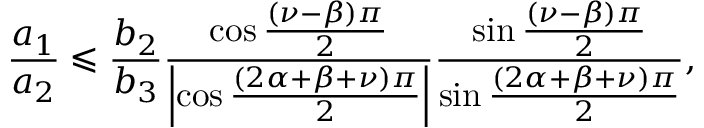
\frac { a _ { 1 } } { a _ { 2 } } \leqslant \frac { b _ { 2 } } { b _ { 3 } } \frac { \cos \frac { \left( \nu - \beta \right) \pi } { 2 } } { \left\vert \cos \frac { \left( 2 \alpha + \beta + \nu \right) \pi } { 2 } \right\vert } \frac { \sin \frac { \left( \nu - \beta \right) \pi } { 2 } } { \sin \frac { \left( 2 \alpha + \beta + \nu \right) \pi } { 2 } } ,